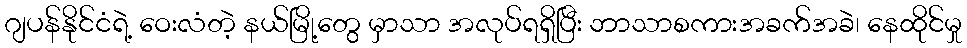
ဂျပန်နိုင်ငံရဲ့ ဝေးလံတဲ့ နယ်မြို့တွေ မှာသာ အလုပ်ရရှိပြီး ဘာသာစကားအခက်အခဲ၊ နေထိုင်မှု